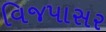
વિજપાસર